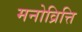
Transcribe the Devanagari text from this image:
मनोव्रित्ति